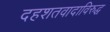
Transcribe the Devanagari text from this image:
दहशतवादाविरुद्ध